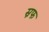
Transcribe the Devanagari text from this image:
स्नफ